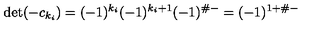
\det ( - c _ { k _ { i } } ) = ( - 1 ) ^ { k _ { i } } ( - 1 ) ^ { k _ { i } + 1 } ( - 1 ) ^ { \# - } = ( - 1 ) ^ { 1 + \# - }